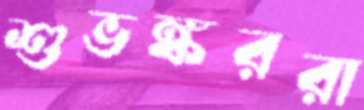
শুভঙ্কররা